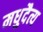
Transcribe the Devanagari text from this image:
मधुदैत्य